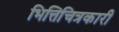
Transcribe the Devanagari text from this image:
भित्तिचित्रकारी